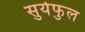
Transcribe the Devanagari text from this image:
सुर्यफुल